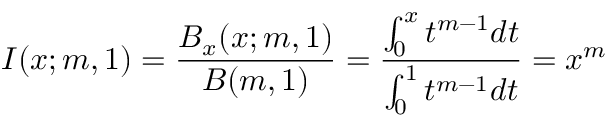
I ( x ; m , 1 ) = \frac { B _ { x } ( x ; m , 1 ) } { B ( m , 1 ) } = \frac { \int _ { 0 } ^ { x } t ^ { m - 1 } d t } { \int _ { 0 } ^ { 1 } t ^ { m - 1 } d t } = x ^ { m }